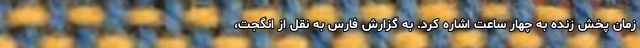
زمان پخش زنده به چهار ساعت اشاره کرد. به گزارش فارس به نقل از انگجت،